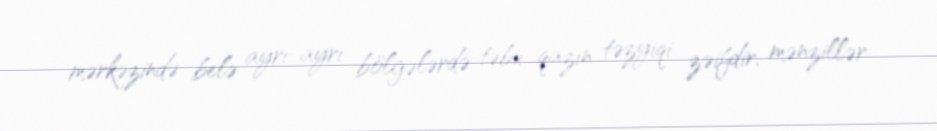
mərkəzində belə ayrı-ayrı bölgələrdə təbii qazın təzyiqi zəifdir, mənzillər